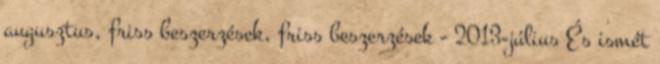
augusztus, friss beszerzések, friss beszerzések - 2013-július És ismét